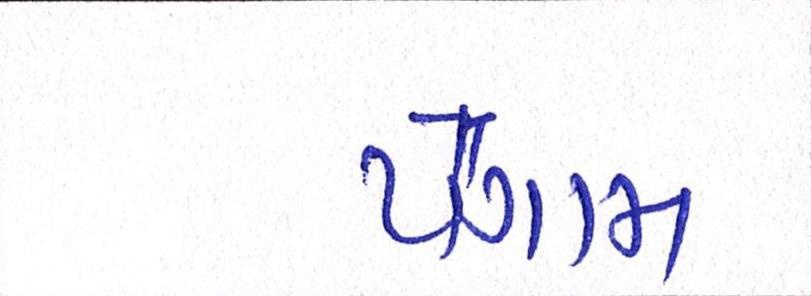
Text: પૈગામ